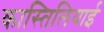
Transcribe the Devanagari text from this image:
कास्तिलियाई